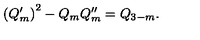
\left( Q _ { m } ^ { \prime } \right) ^ { 2 } - Q _ { m } Q _ { m } ^ { \prime \prime } = Q _ { 3 - m } .